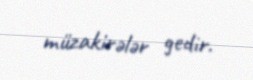
müzakirələr gedir.